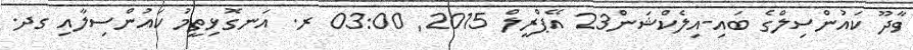
ވާދޫ ކައުންސިލްގެ ބައި-އިލެކްޝަން23 އޭޕްރީލް 2015